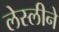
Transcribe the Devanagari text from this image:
लेस्‍लीने